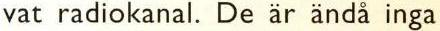
vat radiokanal. De är ändå inga